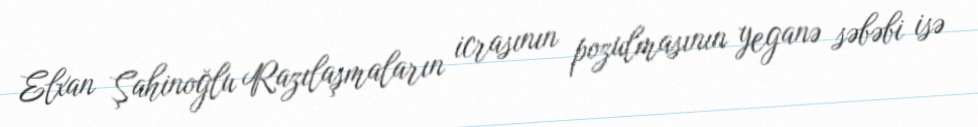
Elxan Şahinoğlu Razılaşmaların icrasının pozulmasının yeganə səbəbi isə